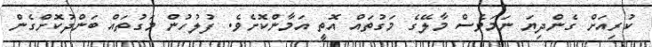
ކުރިއަށް ގެންދިޔަ ނަމަވެސް މާލޭގެ މަގުތައް އޮތީ އަމާންކޮށެވެ. ފުލުހުން މަގުތައް ބަންދުކޮށްގެން